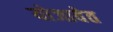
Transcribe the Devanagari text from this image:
योजावेत